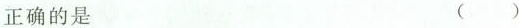
正确的是 （）